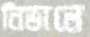
নিভালে